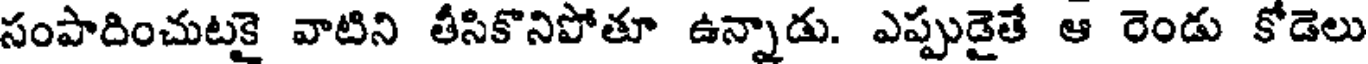
సంపాదించుటకై వాటిని తీసికొనిపోతూ ఉన్నాడు. ఎప్పుడైతే ఆ రెండు కోడెలు